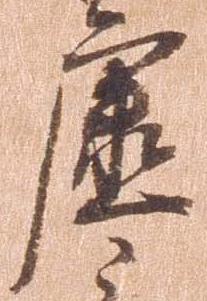
虚